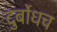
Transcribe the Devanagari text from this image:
दुर्बोधच